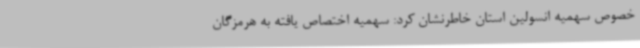
خصوص سهمیه انسولین استان خاطرنشان کرد: سهمیه اختصاص یافته به هرمزگان